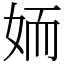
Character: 䎟